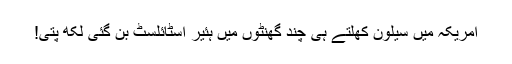
امریکہ میں سیلون کھلتے ہی چند گھنٹوں میں ہئیر اسٹائلسٹ بن گئی لکھ پتی!